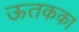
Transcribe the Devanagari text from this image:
ऊतकका